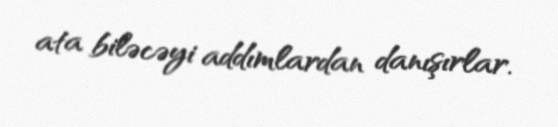
ata biləcəyi addımlardan danışırlar.